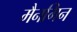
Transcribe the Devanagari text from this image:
मैनगिन